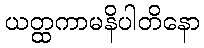
ယတ္ထကာမနိပါတိနော